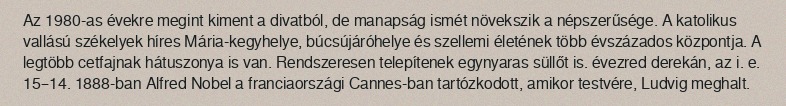
Az 1980-as évekre megint kiment a divatból, de manapság ismét növekszik a népszerűsége. A katolikus vallású székelyek híres Mária-kegyhelye, búcsújáróhelye és szellemi életének több évszázados központja. A legtöbb cetfajnak hátuszonya is van. Rendszeresen telepítenek egynyaras süllőt is. évezred derekán, az i. e. 15–14. 1888-ban Alfred Nobel a franciaországi Cannes-ban tartózkodott, amikor testvére, Ludvig meghalt.